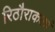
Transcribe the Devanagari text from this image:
रिठौराकलां